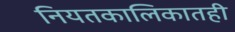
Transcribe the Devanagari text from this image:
नियतकालिकातही